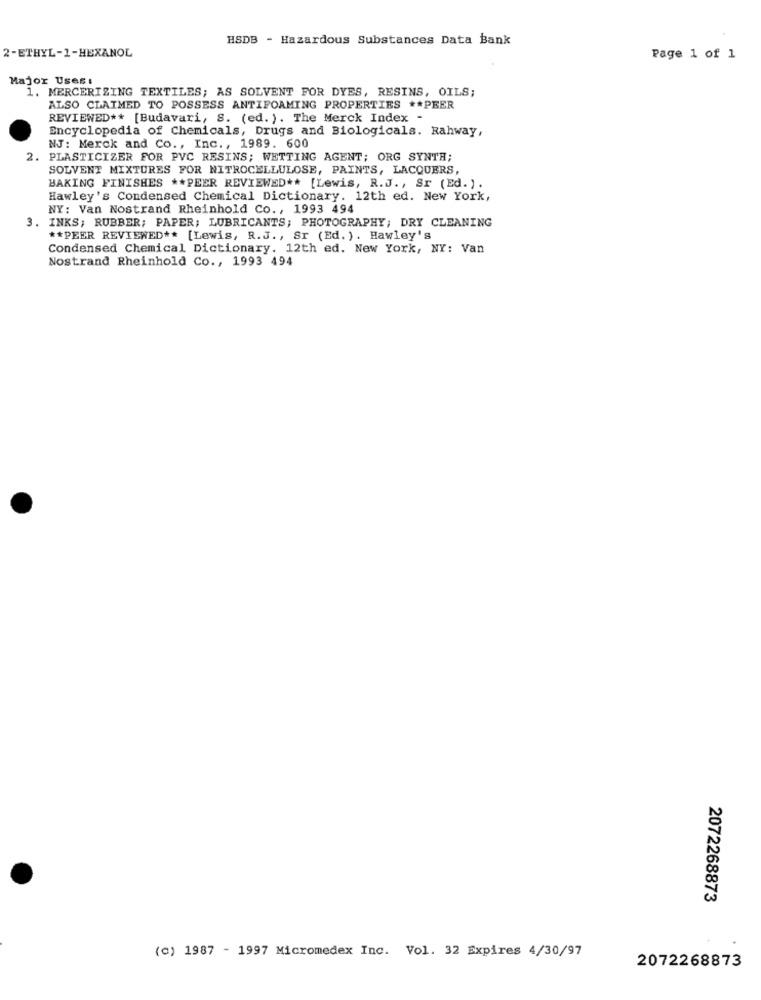
HSDB - Hazardous Substances Data Bank
2-ETHYL-1-HEXANOL
Page 1 of 1
Major Uses:
1. MERCERIZING TEXTILES; AS SOLVENT FOR DYES, RESINS, OILS;
ALSO CLAIMED TO POSSESS ANTIFOAMING PROPERTIES ** PEER
REVIEWED ** [Budavari, S. (ed. ). The Merck Index -
Encyclopedia of Chemicals, Drugs and Biologicals. Rahway,
NJ: Merck and Co ., Inc ., 1989. 600
2. PLASTICIZER FOR PVC RESINS; WETTING AGENT; ORG SYNTH;
SOLVENT MIXTURES FOR NITROCELLULOSE, PAINTS, LACQUERS,
BAKING FINISHES ** PEER REVIEWED ** [Lewis, R.J ., Sr (Ed. ).
Hawley's Condensed Chemical Dictionary. 12th ed. New York,
NY: Van Nostrand Rheinhold Co ., 1993 494
m
. INKS; RUBBER; PAPER; LUBRICANTS; PHOTOGRAPHY; DRY CLEANING
** PEER REVIEWED ** [Lewis, R.J ., Sr (Ed. ). Hawley's
Condensed Chemical Dictionary. 12th ed. New York, NY: Van
Nostrand Rheinhold Co ., 1993 494
2072268873
(c) 1987 - 1997 Micromedex Inc. Vol. 32 Expires 4/30/97
2072268873